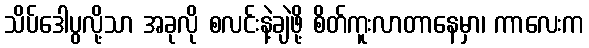
သိပ်ဒေါပွလို့သာ အခုလို စလင်းနဲ့ချဲဖို့ စိတ်ကူးလာတာနေမှာ၊ ကာလေးက